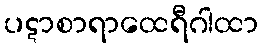
ပဋာစာရာထေရီဂါထာ